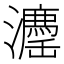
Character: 𱪉